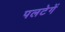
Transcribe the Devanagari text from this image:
पलटेगें